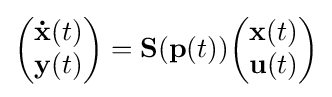
{\begin{pmatrix}{\mathbf {\dot {x}} }(t)\\{\mathbf {y} }(t)\end{pmatrix}}={\mathbf {S} }({\mathbf {p} }(t)){\begin{pmatrix}{\mathbf {x} }(t)\\{\mathbf {u} }(t)\end{pmatrix}}